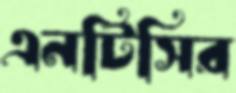
এনটিসির